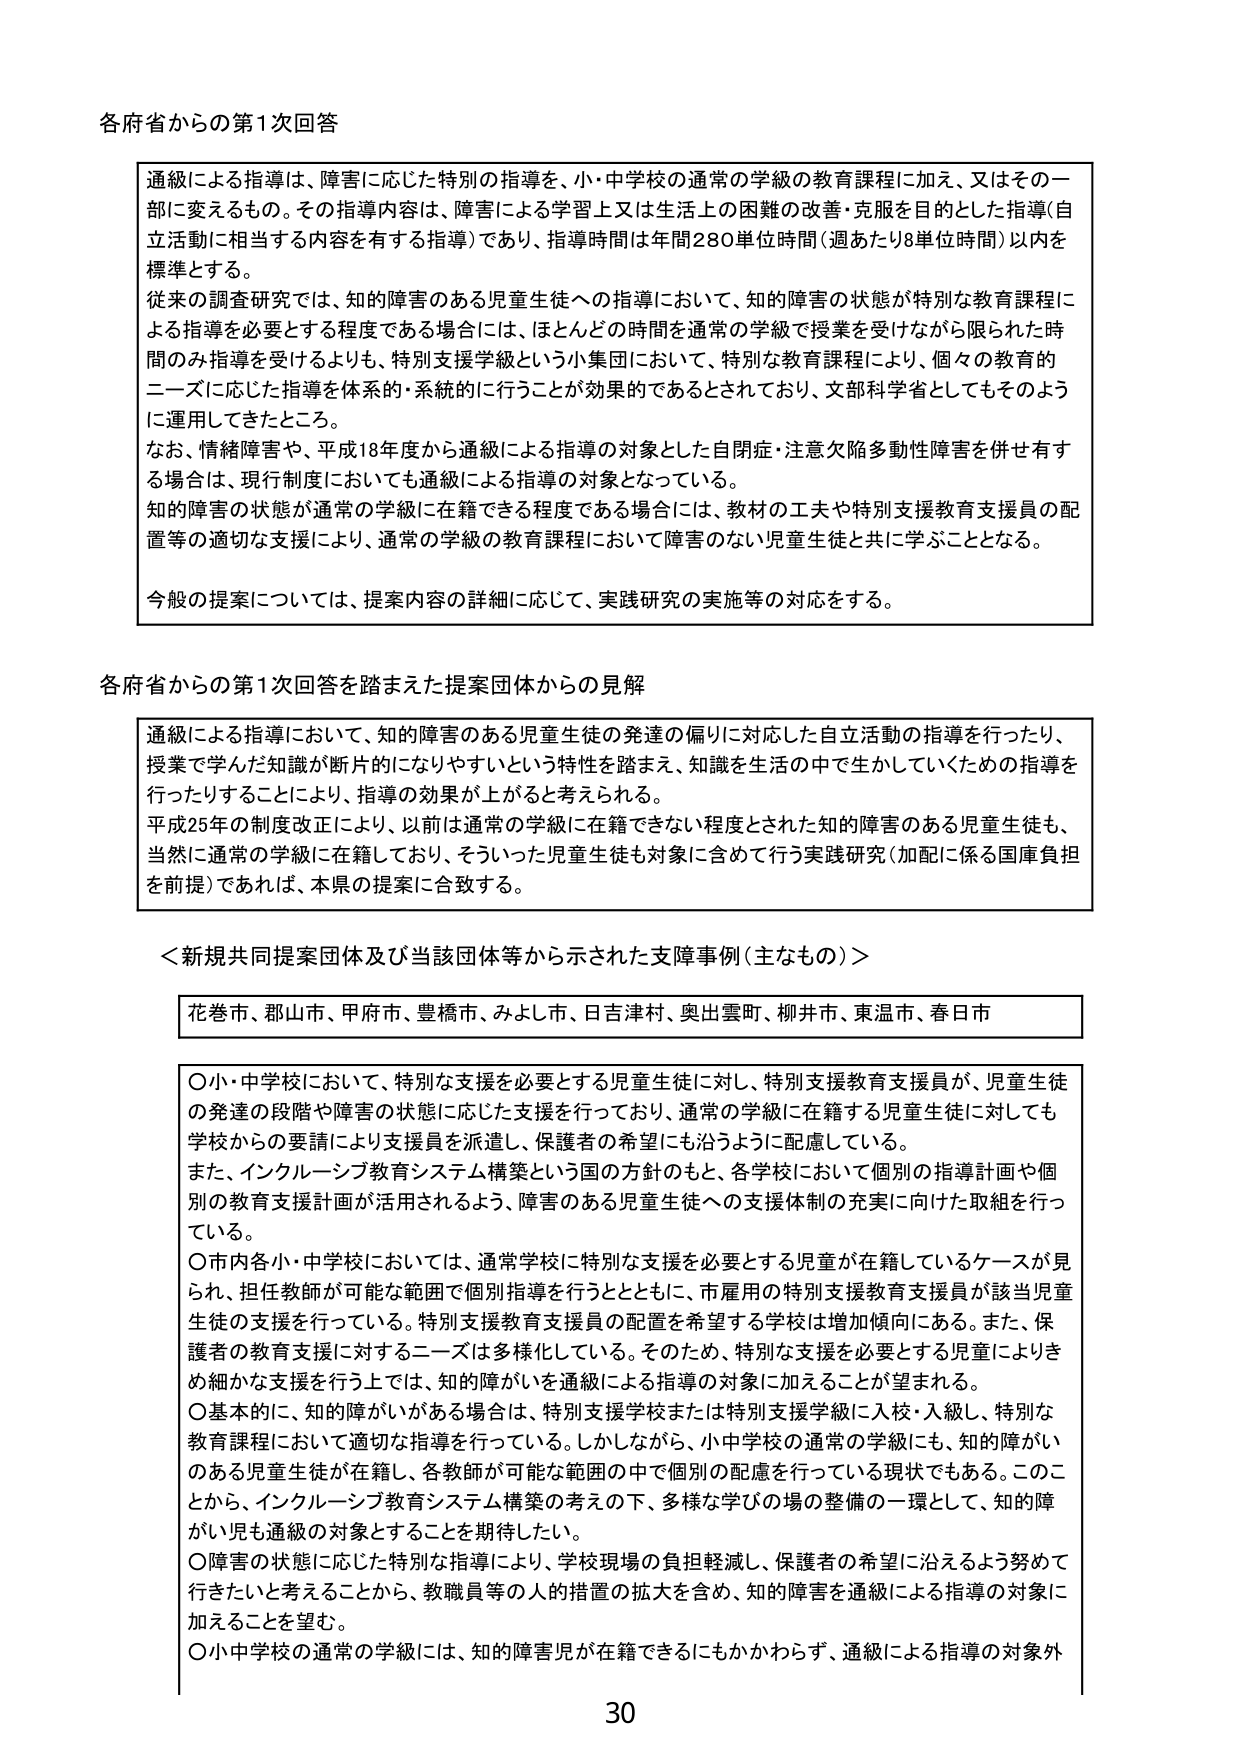
各府省からの第1次回答

通級による指導は、障害に応じた特別の指導を、小・中学校の通常の学級の教育課程に加え、又はその一部に変えるもの。その指導内容は、障害による学習上又は生活上の困難の改善・克服を目的とした指導（自立活動に相当する内容を有する指導）であり、指導時間は年間280単位時間（週あたり8単位時間）以内を標準とする。

従来の調査研究では、知的障害のある児童生徒への指導において、知的障害の状態が特別な教育課程による指導を必要とする程度である場合には、ほとんどの時間を通常の学級で授業を受けながら限られた時間のみ指導を受けるよりも、特別支援学級という小集団において、特別な教育課程により、個々の教育的ニーズに応じた指導を体系的・系統的に行うことが効果的であるとされており、文部科学省としてもそのように運用してきたところ。

なお、情緒障害や、平成18年度から通級による指導の対象とした自閉症・注意欠陥多動性障害を併せ有する場合は、現行制度においても通級による指導の対象となっている。

知的障害の状態が通常の学級に在籍できる程度である場合には、教材の工夫や特別支援教育支援員の配置等の適切な支援により、通常の学級の教育課程において障害のない児童生徒と共に学ぶこととなる。

今般の提案については、提案内容の詳細に応じて、実践研究の実施等の対応をする。

各府省からの第1次回答を踏まえた提案団体からの見解

通級による指導において、知的障害のある児童生徒の発達の偏りに対応した自立活動の指導を行ったり、授業で学んだ知識が断片的になりやすいという特性を踏まえ、知識を生活の中で生かしていくための指導を行ったりすることにより、指導の効果が上がると考えられる。

平成25年の制度改正により、以前は通常の学級に在籍できない程度とされた知的障害のある児童生徒も、当然に通常の学級に在籍しており、そういった児童生徒も対象に含めて行う実践研究（加配に係る国庫負担を前提）であれば、本県の提案に合致する。

＜新規共同提案団体及び当該団体等から示された支援事例（主なもの）＞

花巻市、郡山市、甲府市、豊橋市、みよし市、日吉津村、奥出雲町、柳井市、東温市、春日市

○小・中学校において、特別な支援を必要とする児童生徒に対し、特別支援教育支援員が、児童生徒の発達の段階や障害の状態に応じた支援を行っており、通常の学級に在籍する児童生徒に対しても学校からの要請により支援員を派遣し、保護者の希望にも沿うように配慮している。

また、インクルーシブ教育システム構築という国の方針のもと、各学校において個別の指導計画や個別の教育支援計画が活用されるよう、障害のある児童生徒への支援体制の充実に向けた取組を行っている。

○市内各小・中学校においては、通常学校に特別な支援を必要とする児童が在籍しているケースが見られ、担任教師が可能な範囲で個別指導を行うとともに、市雇用の特別支援教育支援員が該当児童生徒の支援を行っている。特別支援教育支援員の配置を希望する学校は増加傾向にある。また、保護者の教育支援に対するニーズは多様化している。そのため、特別な支援を必要とする児童によりきめ細かな支援を行う上では、知的障がいを通級による指導の対象に加えることが望まれる。

○基本的に、知的障がいがある場合は、特別支援学校または特別支援学級に入校・入級し、特別な教育課程において適切な指導を行っている。しかしながら、小中学校の通常の学級にも、知的障がいのある児童生徒が在籍し、各教師が可能な範囲の中で個別の配慮を行っている現状でもある。このことから、インクルーシブ教育システム構築の考えの下、多様な学びの場の整備の一環として、知的障がい児も通級の対象とすることを期待したい。

○障害の状態に応じた適切な指導により、学校現場の負担軽減し、保護者の希望に沿えるよう努めて行きたいと考えることから、教職員等の人的措置の拡大を含め、知的障害を通級による指導の対象に加えることを望む。

○小中学校の通常の学級には、知的障害児が在籍できるにもかかわらず、通級による指導の対象外

30